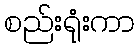
စည်းရုံးကာ